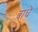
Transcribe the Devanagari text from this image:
बाधे